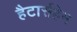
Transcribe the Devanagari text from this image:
हैटार्सहेम